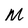
Character: M